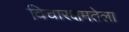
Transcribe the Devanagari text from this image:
विचारक्षमतेला